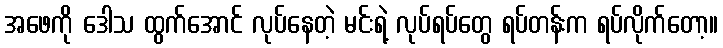
အဖေကို ဒေါသ ထွက်အောင် လုပ်နေတဲ့ မင်းရဲ့ လုပ်ရပ်တွေ ရပ်တန်းက ရပ်လိုက်တော့။